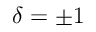
\delta = \pm 1